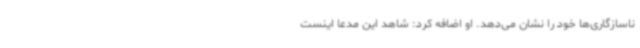
ناسازگاری‌ها خود را نشان می‌دهد. او اضافه کرد: شاهد این مدعا اینست